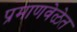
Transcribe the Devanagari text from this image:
प्रमाणवेळेत